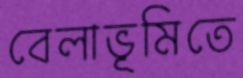
বেলাভূমিতে